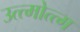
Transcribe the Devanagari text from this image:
उत्त्मोत्त्म